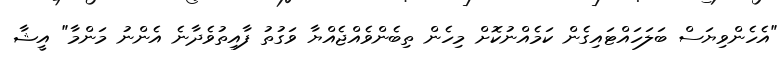
"އެހެންވިޔަސް ބަލަހައްޓައިގެން ކަމެއްނުކޮށް މިހެން ތިބެންވެއްޖެއްޔާ ވަގުތު ފާއިތުވެދާނެ އެންނު މަންމާ" އީޝާ